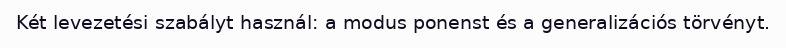
Két levezetési szabályt használ: a modus ponenst és a generalizációs törvényt.